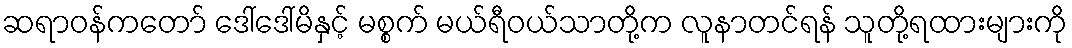
ဆရာဝန်ကတော် ဒေါ်ဒေါ်မိနှင့် မစ္စက် မယ်ရီဝယ်သာတို့က လူနာတင်ရန် သူတို့ရထားများကို